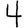
Digit: 4